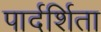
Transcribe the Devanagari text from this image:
पार्दर्शिता